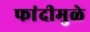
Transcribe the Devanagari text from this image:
फांदीमुळे